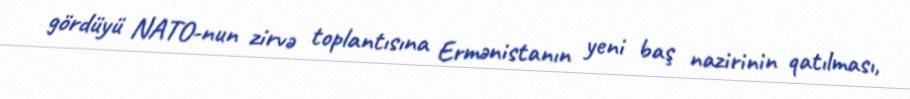
gördüyü NATO-nun zirvə toplantısına Ermənistanın yeni baş nazirinin qatılması,